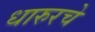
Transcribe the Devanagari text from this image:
धारुरचे